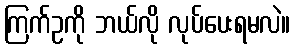
ကြက်ဥကို ဘယ်လို လုပ်ပေးရမလဲ။